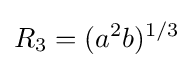
R_{3}=(a^{2}b)^{1/3}